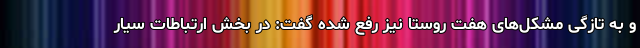
و به تازگی مشکل‌های هفت روستا نیز رفع شده گفت: در بخش ارتباطات سیار